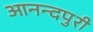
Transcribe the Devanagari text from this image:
आनन्दपुरी